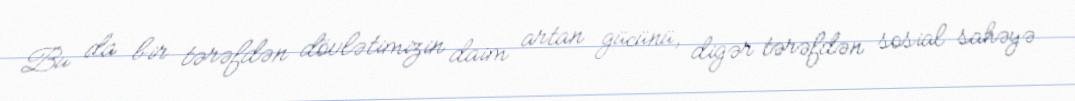
Bu da bir tərəfdən dövlətimizin daim artan gücünü, digər tərəfdən sosial sahəyə